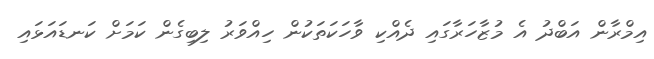
އިމްރާން އަބްދު އެ މުޒާހަރާގައި ދެއްކި ވާހަކަތަކުން ހިއްވަރު ލިބިގެން ކަމަށް ކަނޑައަޅައި